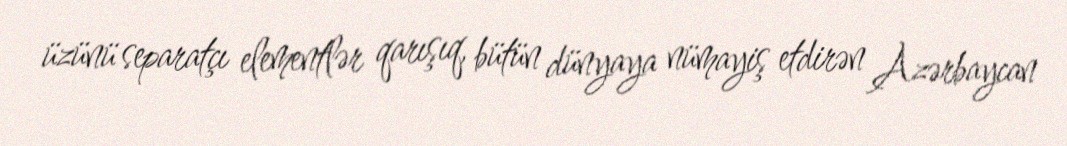
üzünü separatçı elementlər qarışıq, bütün dünyaya nümayiş etdirən Azərbaycan